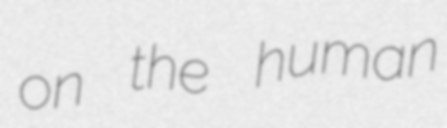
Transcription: on the human